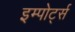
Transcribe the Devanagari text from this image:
इम्पोर्ट्स